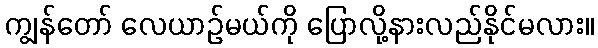
ကျွန်တော် လေယာဉ်မယ်ကို ပြောလို့နားလည်နိုင်မလား။